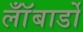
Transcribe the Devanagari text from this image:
लॉँबार्डो